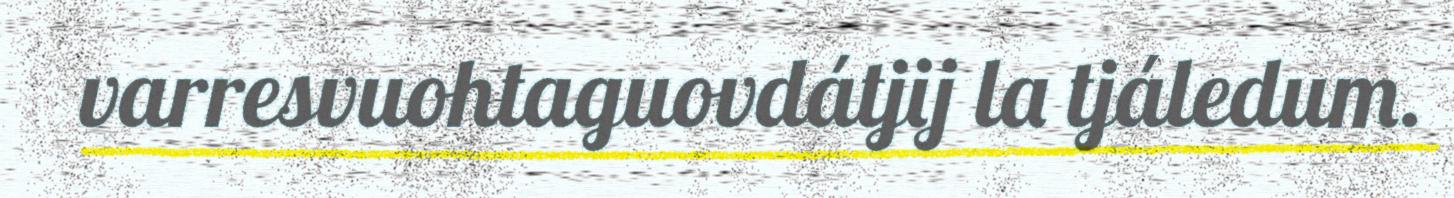
varresvuohtaguovdátjij la tjáledum.